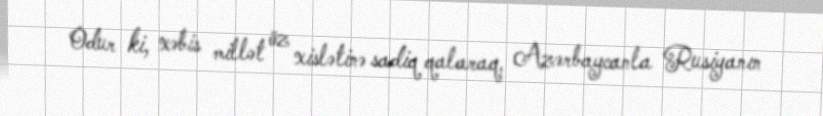
Odur ki, xəbis millət öz xislətinə sadiq qalaraq, Azərbaycanla Rusiyanın